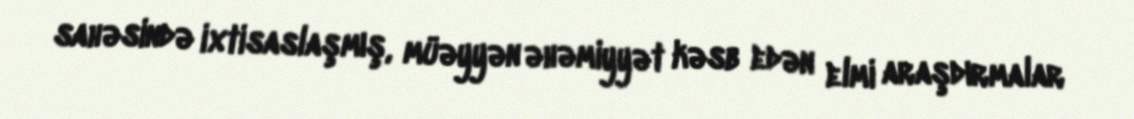
sahəsində ixtisaslaşmış, müəyyən əhəmiyyət kəsb edən elmi araşdırmalar